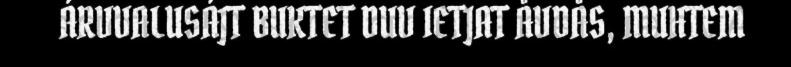
ÁRVVALUSÁJT BUKTET DUV IETJAT ÅVDÅS, MUHTEM